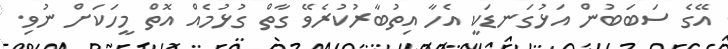
އޭގެ ސަބަބުން އަޅުގަނޑަކީ އެހާ އިތުބާރުކުރެވޭ ގާތް ގުޅުމެއް އޮތް މީހަކަށް ނުވި.